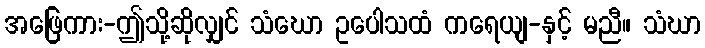
အဖြေကား-ဤသို့ဆိုလျှင် သံဃော ဥပေါသထံ ကရေယျ-နှင့် မညီ။ သံဃာ